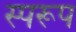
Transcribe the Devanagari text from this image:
स्परूप